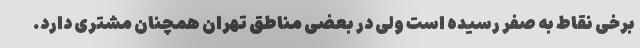
برخی نقاط به صفر رسیده است ولی در بعضی مناطق تهران همچنان مشتری دارد.